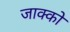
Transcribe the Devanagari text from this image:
जाक्को